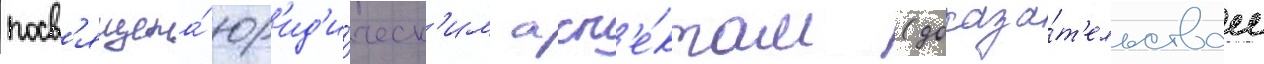
посв'ящена́ юр'ид'и́ческ'им асп'е́ктам (доказа́т'ельствам